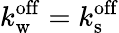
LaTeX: k_{\mathrm{w}}^{\mathrm{off}}=k_{\mathrm{s}}^{\mathrm{off}}